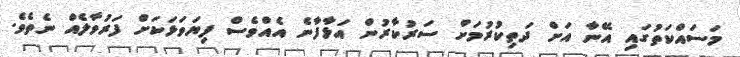
މަސައްކަތުގައި އޭނާ އަށް ދަތިކުރުމަށް ސަރުކާރުން އަޅާފާނެ އެއްވެސް ފިޔަވަޅަކަށް ފަރުވާލެއް ނެތެވެ.